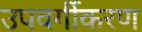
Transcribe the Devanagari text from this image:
उपवर्गीकरण